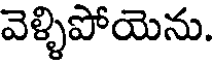
వెళ్ళిపోయెను.